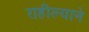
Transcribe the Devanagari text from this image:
राहील्याने